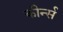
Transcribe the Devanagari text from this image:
कीर्न्स